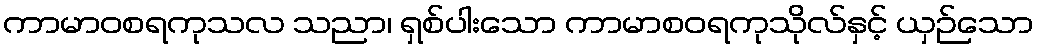
ကာမာဝစရကုသလ သညာ၊ ရှစ်ပါးသော ကာမာစဝရကုသိုလ်နှင့် ယှဉ်သော